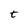
Character: t